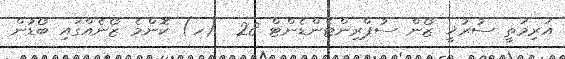
އަރިމަތީ ސުރުޚީ ޒޯން ސުޕްރިންޓެންޑެންޓް 28  (ހ) ކޮންމެ ޒޯނެއްގައި ބޯޑުން